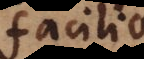
facilio